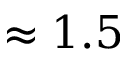
\approx 1 . 5